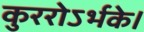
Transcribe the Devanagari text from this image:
कुररोऽर्भके।